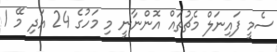
ސެމީ ފައިނަލް މެޗުތައް އޮންނާނީ މި މަހުގެ 24 އަދި މޭ 1